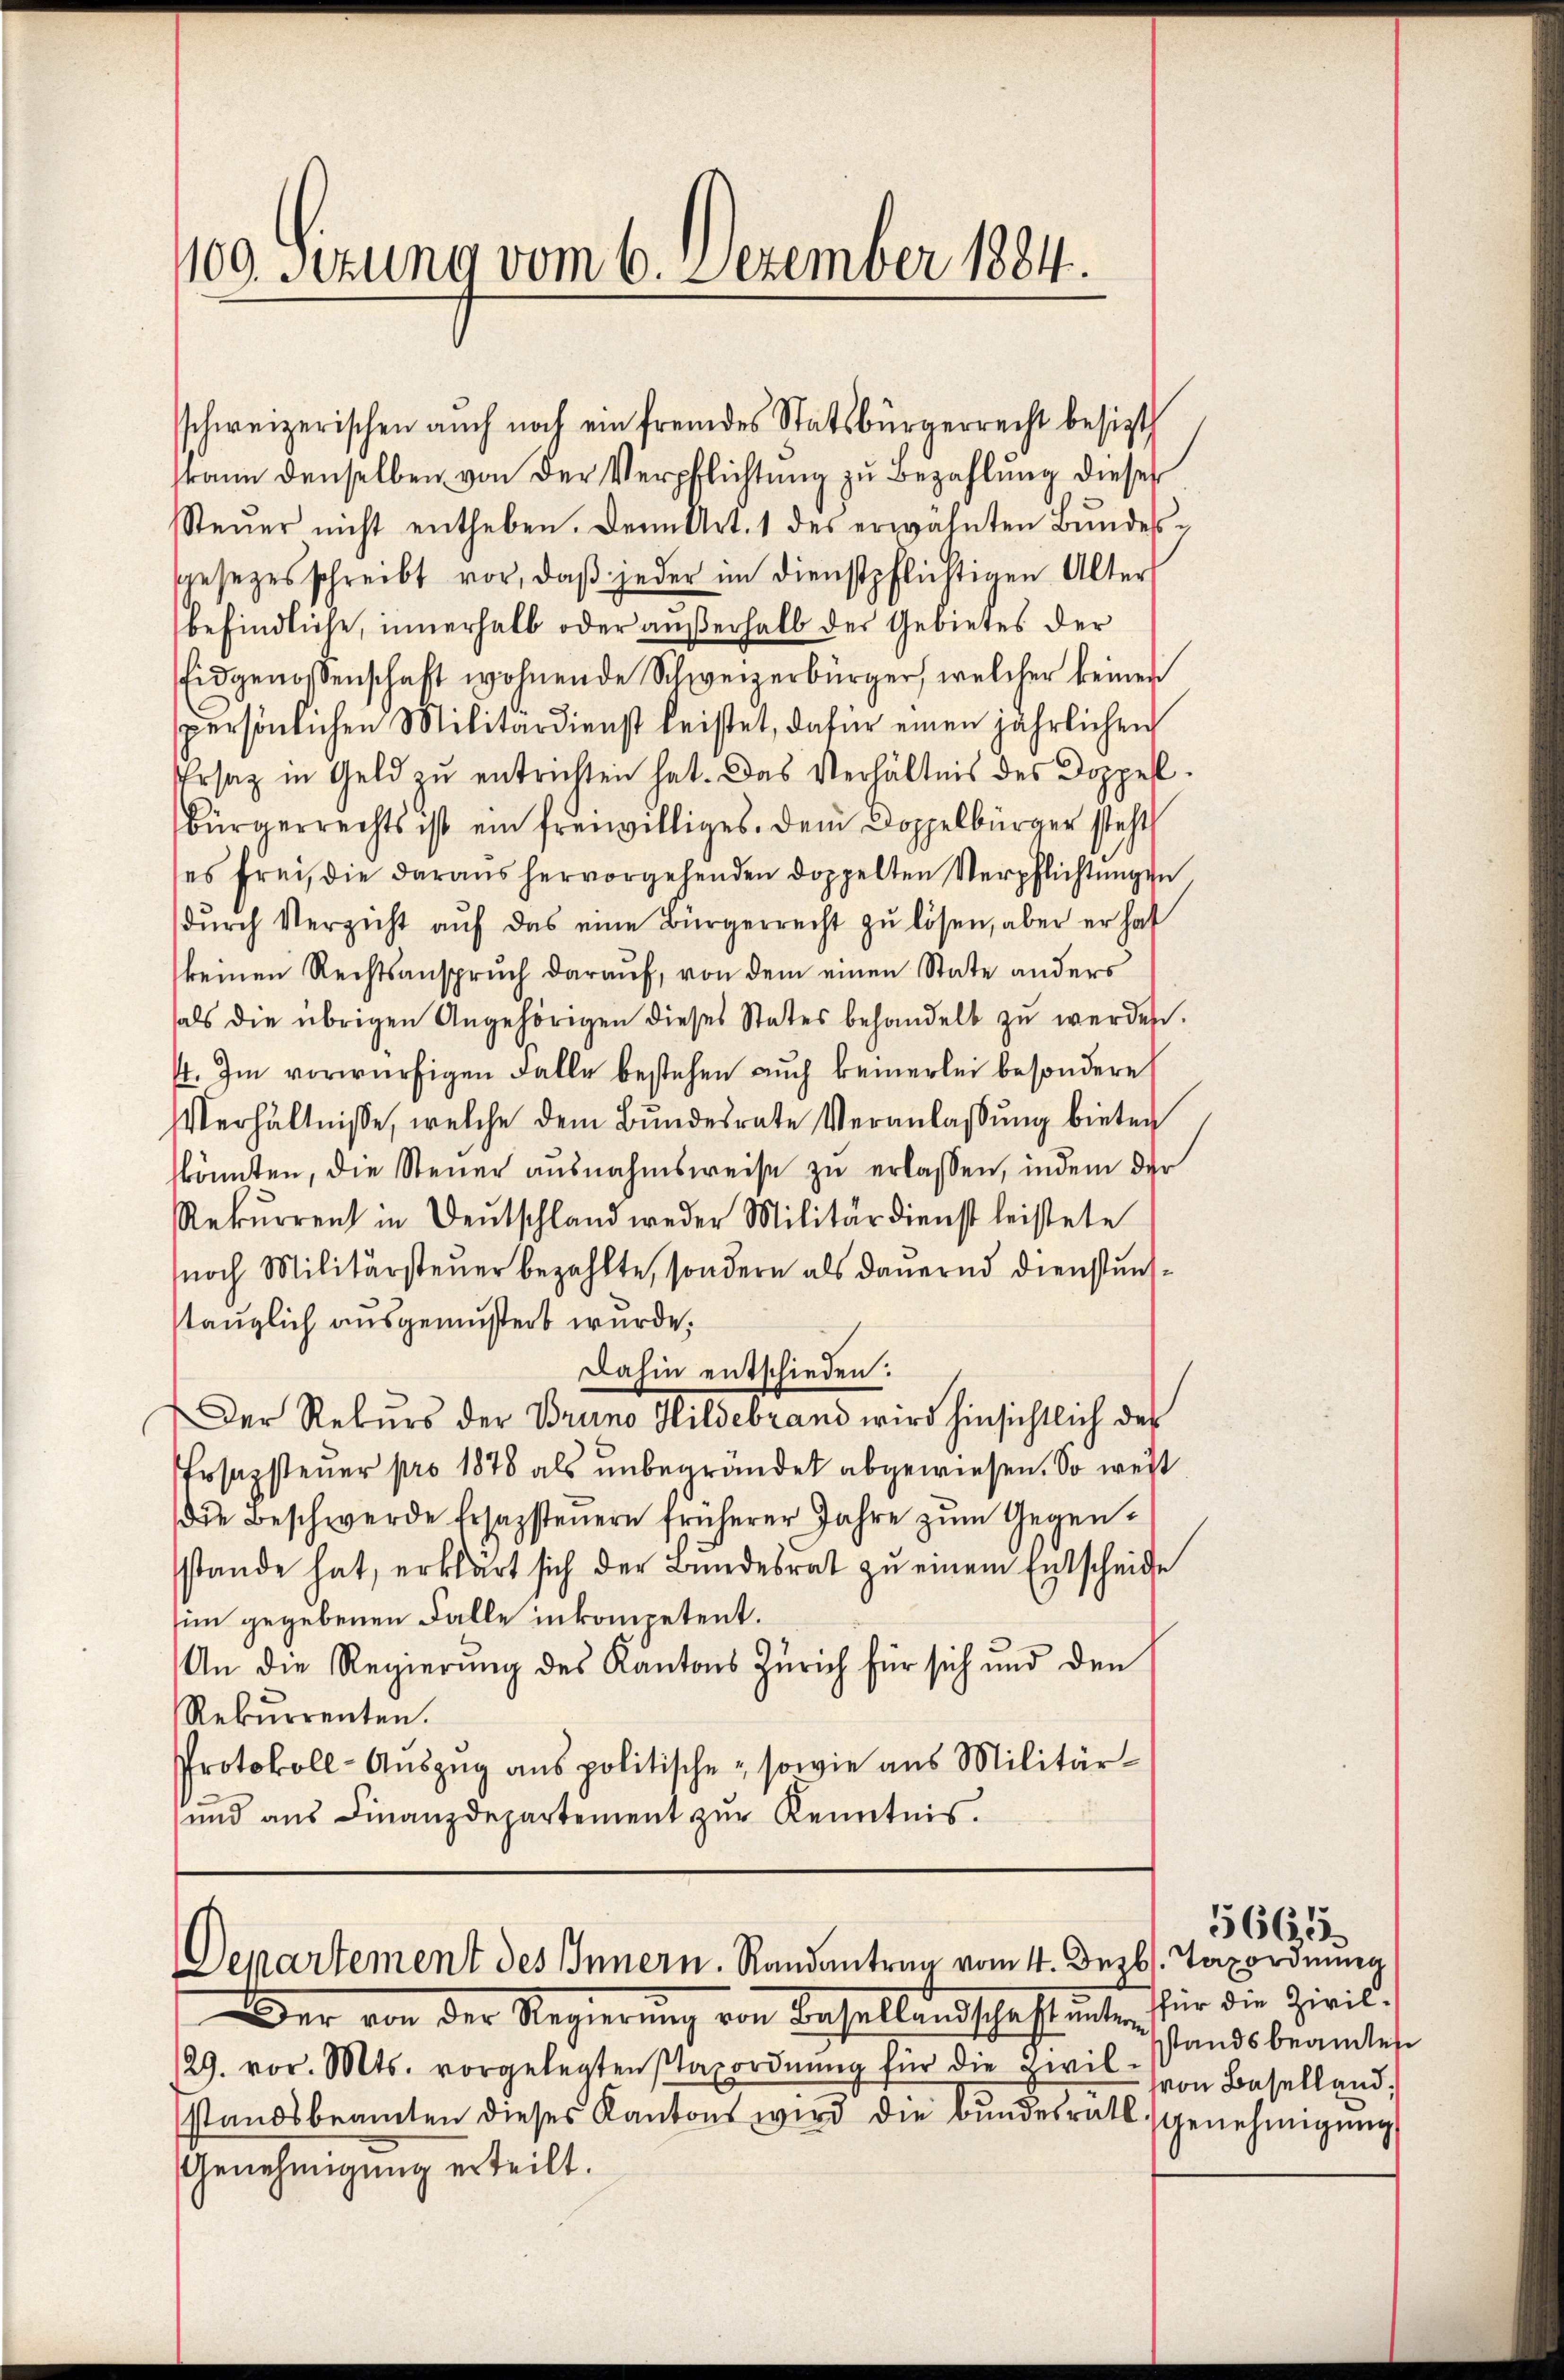
100 Sizung vom 6. Dezember 1884.

kann denselben von der Verpflichtung zu Bezahlung dieser
Steŭer nicht entheben. Denn Art. 1 des erwähnten Bundesgesezesschreibt vor, daß jeder im Dienstpflichtigen Alter
befindliche, innerhalb oder außerhalb der Gebietes der
Eidgenossenschaft wohnende Schweizerbürger, welcher keiner
persönlichen Militärdienst leistet, dafür einen jährlichen
Ursaz in Geld zu entrichten hat. Das Verhältnis des Doppell.
Bürgerrechts ist ein freiwilliges. Dem Doppelbürger steht
ses frei, die daraus hervorgehenden doppelten Verpflichtŭngen
dŭrch Verzicht aŭf das eine Bürgerrecht zŭ lösen, aber er hat
keinen Rechtsanspruch darauf, von dem einen State anders
als die übrigen Angehörigen dieses States behandelt zŭ werden.
4. Im vorwürfigen Falle bestehen auch bemerlei besondere
Verhältnisse, welche dem Bŭndesrate Veranlassŭng bieten
könnten, die Steuer ausnahmsweise zu erlassen, indem der
Rekŭrrenz in Deutschland weder Militärdienst leistete
noch Militärsteuer bezahlte, sondern als dauernd dienstunsstauglich ausgemustert wurde;
Dahin entschieden:
Der Rekŭrs der Bruno Hildebrand wird hinsichtlich des
Prsazsteuer pro 1878 als unbegründet abgewiesen. So weit
die Beschwerde fesazsteuern früherer Jahre zum Gegensstande hat, erklärt sich der Bundesrat zu einem Entscheide
im gegebenen Falle inkompetent.
An die Regierung des Kantons Zürich für sich und den
Rekurrenten.
Protokoll-Auszug aus politische, sowie aus Militär¬
und aus Finanzdepartement zur Kenntnis.

sschweizerischen auch noch ein fremdes Statsbürgerrecht besizt

Departement des Innern. Randantreu vom 4. Dezbr. Taxordnung
Der von der Regierŭng von Besellandschaft unter für die Zivil¬

129. vor. Mts. vorgelegten Saxordnŭng für die Zwil- von Baselland,
standsbeamten dieses Kantons wird die Bundesrätl. Genehmigung
Genehmigung erteilt.

standsbeander

5665